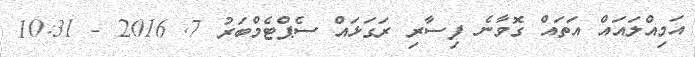
އަމިއްލައައް އަތައް ގޮވާނެ ފިސާރި ރަގަޅައް ސެޕްޓެމްބަރު 7